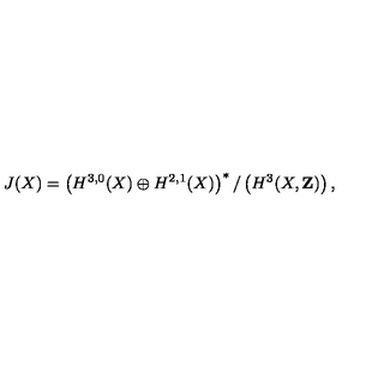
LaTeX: J ( X ) = \left( H ^ { 3 , 0 } ( X ) \oplus H ^ { 2 , 1 } ( X ) \right) ^ { * } / \left( H ^ { 3 } ( X , \mathbf { Z } ) \right) ,